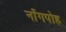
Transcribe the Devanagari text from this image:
नाँगपोह